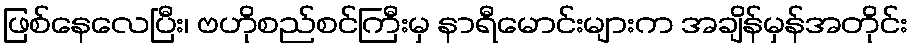
ဖြစ်နေလေပြီး၊ ဗဟိုစည်စင်ကြီးမှ နာရီမောင်းများက အချိန်မှန်အတိုင်း